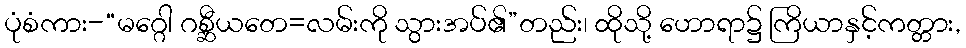
ပုံစံကား-“မဂ္ဂေါ ဂစ္ဆီယတေ=လမ်းကို သွားအပ်၏”တည်း၊ ထိုသို့ ဟောရာ၌ ကြိယာနှင့်ကတ္တား,